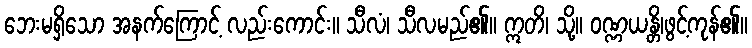
ဘေးမရှိသော အနက်ကြောင့် လည်းကောင်း။ သီလံ၊ သီလမည်၏။ ဣတိ၊ သို့။ ဝဏ္ဏယန္တိ၊ဖွင့်ကုန်၏။